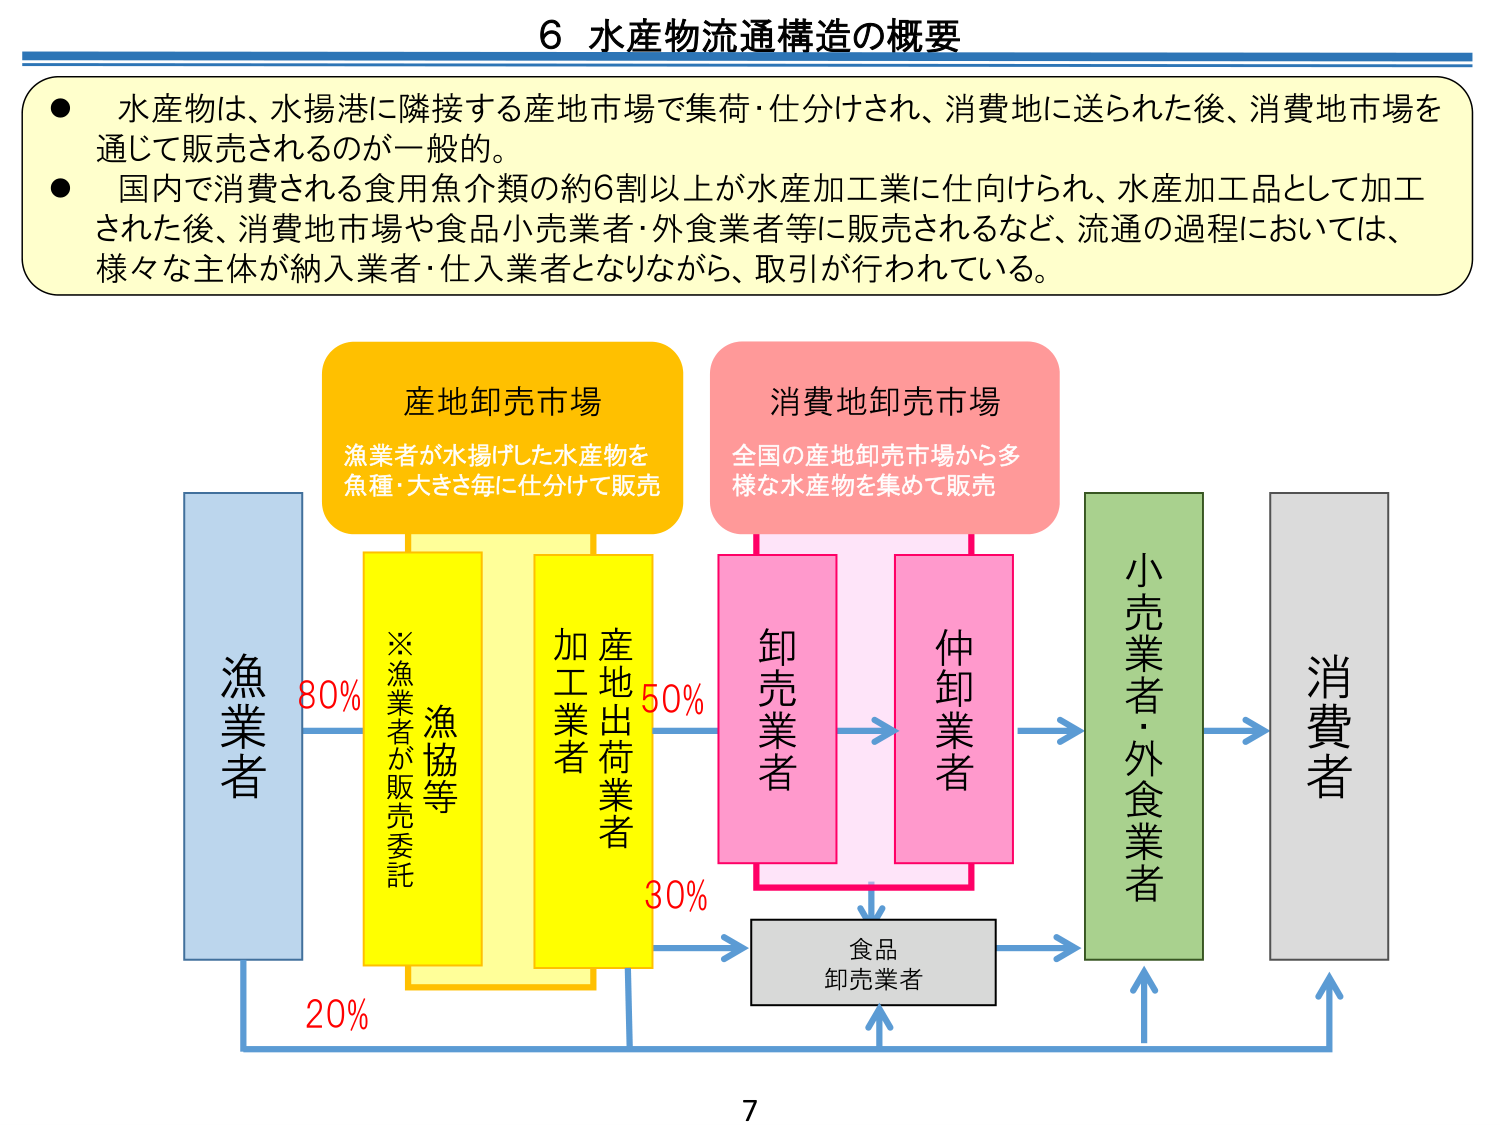
6 水産物流通構造の概要

● 水産物は、水揚港に隣接する産地市場で集荷・仕分けされ、消費地に送られた後、消費地市場を通じて販売されるのが一般的。
● 国内で消費される食用魚介類の約6割以上が水産加工業に仕向けられ、水産加工品として加工された後、消費地市場や食品小売業者・外食業者等に販売されるなど、流通の過程においては、様々な主体が納入業者・仕入業者となりながら、取引が行われている。

産地卸売市場
漁業者が水揚げした水産物を
魚種・大きさ毎に仕分けて販売

消費地卸売市場
全国の産地卸売市場から多様な水産物を集めて販売

漁業者
80%
※漁業者が販売委託
漁協等
加工業者
産地出荷業者
50%
卸売業者
仲卸業者
30%
食品
卸売業者
小売業者・外食業者
消費者

7